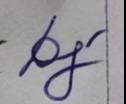
Signature authenticity: genuine